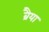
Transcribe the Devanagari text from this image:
ब्रैया